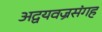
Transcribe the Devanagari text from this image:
अद्वयवज्रसंगह